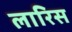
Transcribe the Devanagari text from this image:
लारिस